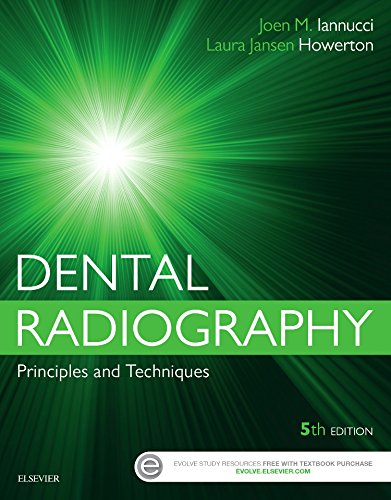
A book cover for Dental Radiography: Principles and Techniques, 5e; Joen Iannucci DDS  MS; Medical Books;